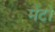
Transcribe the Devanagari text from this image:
मैंटो